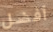
أفضل